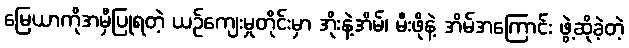
မြေယာကိုအမှီပြုရတဲ့ ယဉ်ကျေးမှုတိုင်းမှာ အိုးနဲ့အိမ်၊ မီးဖိုနဲ့ အိမ်အကြောင်း ဖွဲ့ဆိုခဲ့တဲ့